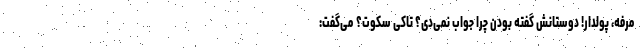
مرفه، پولدار! دوستانش گفته بودن چرا جواب نمی‌دی؟ تاکی سکوت؟ می‌گفت: